Civil Veterinary Dept. Assam report 1911-1927 - 1911-1927
Year: 1911
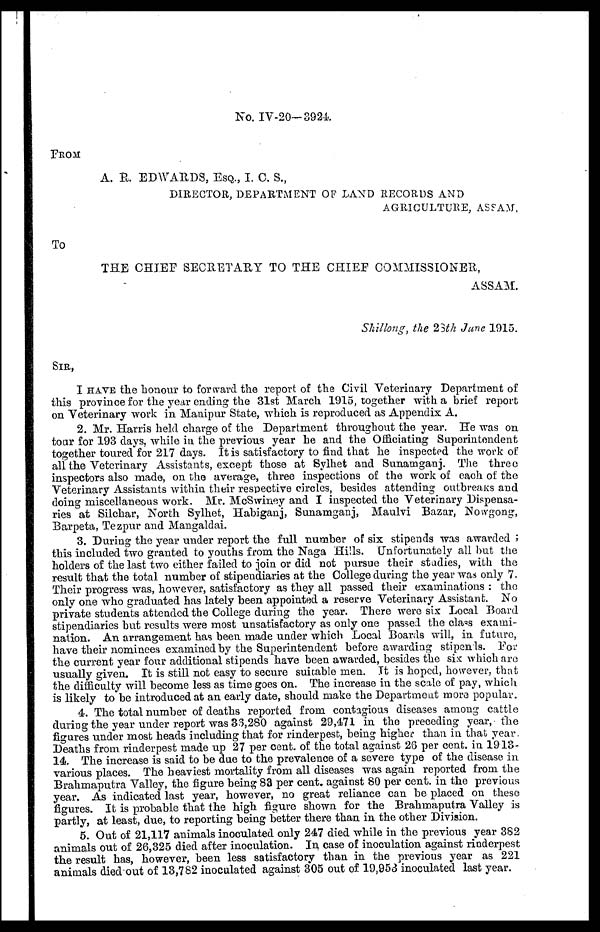
No. IV-20— 3924
FROM
A. R, EDWARDS, ESQ., I. C. S.,
DIRECTOR, DEPARTMENT OF LAND RECORDS AND
AGRICULTURE, ASSAM,
To
THE CHIEF SECRETARY TO THE CHIEF COMMISSIONER,
ASSAM.
Shillong, the 23th Jane 1915.
SIR,
I HAVE the honour to forward the report of the Civil Veterinary Department of
this province for the year ending the 31st March 1915, together with a brief report
on Veterinary work in Manipur State, which is reproduced as Appendix A.
2. Mr. Harris held charge of the Department throughout the year. He was on
tour for 193 days, while in. the previous year he and the Officiating Superintendent
together toured for 217 days. It is satisfactory to find that he inspected the work of
all the Veterinary Assistants, except those at Sylhet and Sunamganj. The three
inspectors also made, on the average, three inspections of the work of each of the
Veterinary Assistants within their respective circles, besides attending outbreaks and
doing miscellaneous work. Mr. McSwiney and I inspected the Veterinary Dispensa-
ries at Silchar, North Sylhet, Habiganj, Sunamganj, Maulvi Bazar, Nowgong,
Barpeta, Tezpur and Mangaldai.
3. During the year under report the full number of six stipends was awarded ;
this included two granted to youths from the Naga Hills. Unfortunately all but the
holders of the last two either failed to join or did not pursue their studies, with the
result that the total number of stipendiaries at the College during the year was only 7-
Their progress was, however, satisfactory as they all passed their examinations : the
only one who graduated has lately been appointed a reserve Veterinary Assistant. No
private students attended the College during the year. There were six Local Board
stipendiaries but results were most unsatisfactory as only one passed the class exami-
nation. An arrangement has been made under which Local Boards will, in future,
have their nominees examined by the Superintendent before awarding stipends. For
the current year four additional stipends have been awarded, besides the six which are
usually given. It is still not easy to secure suicable men. It is hoped, however, that
the difficulty will become less as time goes on. The increase in the scale of pay, which
is likely to be introduced at an early date, should make the Department more popular.
4. The total number of deaths reported from contagious diseases among cattle
during the year under report was 33,280 against 29,471 in the preceding year, the
figures under most heads including that for rinderpest, being higher than in that year.
Deaths from rinderpest made up 27 per cent, of the total against 26 per cent. in 1913-
14. The increase is said to be due to the prevalence of a severe type of the disease in
various places. The heaviest mortality from all diseases was again reported from the
Brahmaputra Valley, the figure being 83 per cent, against 80 per cent. in the previous
year. As indicated last year, however, no great reliance can be placed on these
figures. It is probable that the high figure shown for the Brahmaputra Valley is
partly, at least, due, to reporting being better there than in the other Division.
5. Out of 21,117 animals inoculated only 247 died while in the previous year 382
animals out of 26,325 died after inoculation. In case of inoculation against rinderpest
the result has, however, been less satisfactory than in the previous year as 221
animals died out of 13,782 inoculated against 305 out of 19,953 inoculated last year.